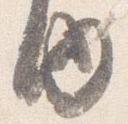
内